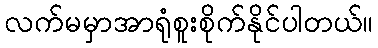
လက်မမှာအာရုံစူးစိုက်နိုင်ပါတယ်။